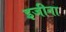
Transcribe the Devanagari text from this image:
इजीना